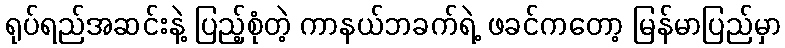
ရုပ်ရည်အဆင်းနဲ့ ပြည့်စုံတဲ့ ကာနယ်ဘခက်ရဲ့ ဖခင်ကတော့ မြန်မာပြည်မှာ